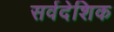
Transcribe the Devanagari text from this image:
सर्वदेशिक